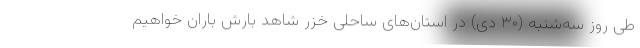
طی روز سه‌شنبه (۳۰ دی) در استان‌های ساحلی خزر شاهد بارش باران خواهیم